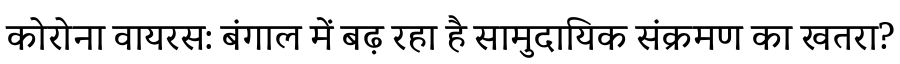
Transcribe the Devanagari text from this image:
कोरोना वायरस: बंगाल में बढ़ रहा है सामुदायिक संक्रमण का खतरा?